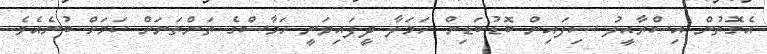
އެގޮތުން އިސްރާއީލު ސިފައިން ބޮޑުބަޑިން ހަމަލާ ދީފައިވަނީ ހަމާސްގެ ތަންތަނަށް ކަމަށް ބުނެއެވެ.